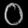
Digit: ၀